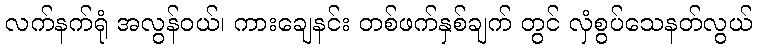
လက်နက်ရုံ အလွန်ဝယ်၊ ကားချေနင်း တစ်ဖက်နှစ်ချက် တွင် လှံစွပ်သေနတ်လွယ်